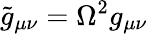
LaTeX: \tilde{g}_{\mu\nu}=\Omega^{2}g_{\mu\nu}